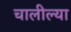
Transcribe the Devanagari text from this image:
चालील्या